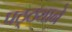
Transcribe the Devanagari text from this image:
पठ्ठ्याने